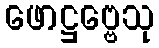
ဖောဋ္ဌဗ္ဗေသု